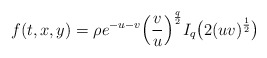
\begin{align*}f(t,x,y) =\rho e^{-u-v}\Big ( \frac{v}{u} \Big)^{\frac{q}{2}} I_{q}\big (2(uv)^{\frac{1}{2}} \big)\end{align*}